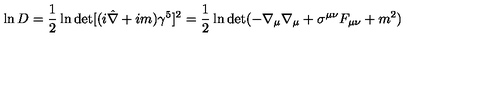
\ln D = \frac { 1 } { 2 } \ln \det [ ( i \hat { \nabla } + i m ) \gamma ^ { 5 } ] ^ { 2 } = \frac { 1 } { 2 } \ln { \det } ( - \nabla _ { \mu } \nabla _ { \mu } + \sigma ^ { \mu \nu } F _ { \mu \nu } + m ^ { 2 } ) \label 5